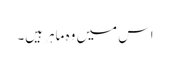
اس میں وہ ماہر ہیں۔